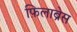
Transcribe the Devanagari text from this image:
फ़िलाब्रेस